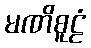
မဏိစူဠံ